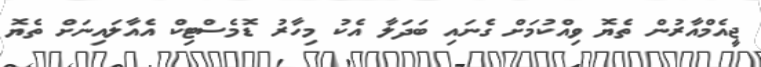
ޖީއެމްއާރުން ތެޔޮ ވިއްކުމަށް ގެނައި ބަދަލާ އެކު މިހާރު ޑޮމެސްޓިކް އެއާލައިނަށް ތެޔޮ